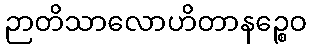
ဉာတိသာလောဟိတာနဉ္စေဝ